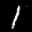
Label: 1